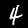
Digit: 4